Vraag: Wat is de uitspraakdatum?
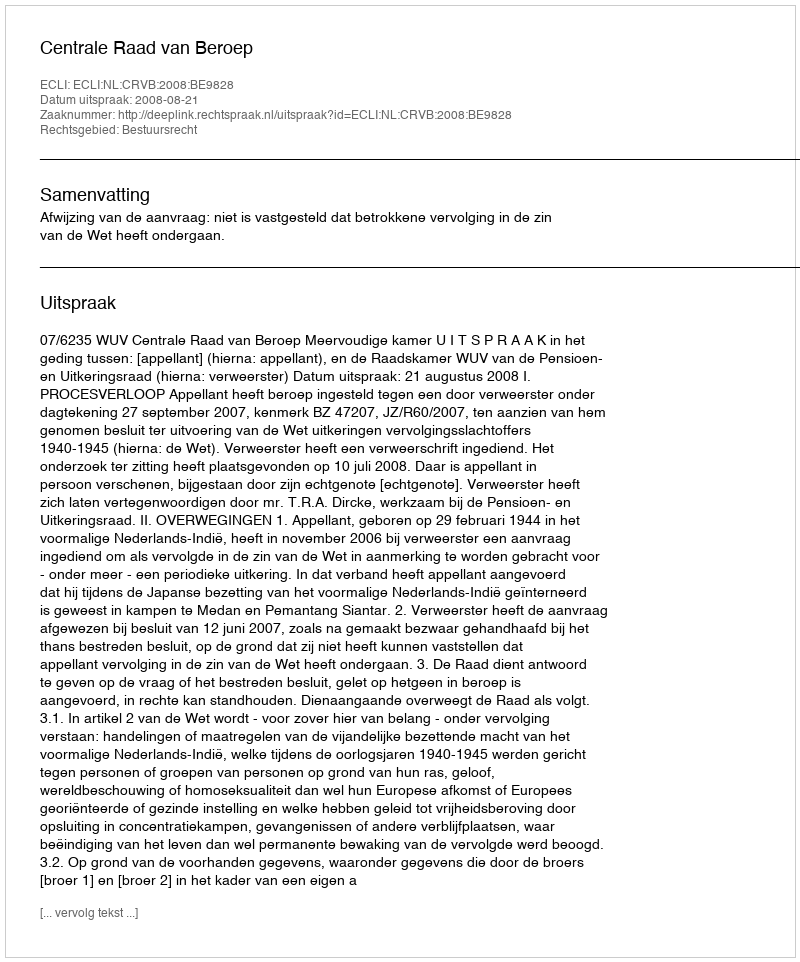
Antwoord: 2008-08-21